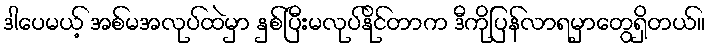
ဒါပေမယ့် အစ်မအလုပ်ထဲမှာ နှစ်ပြီးမလုပ်နိုင်တာက ဒီကိုပြန်လာရမှာတွေရှိတယ်။